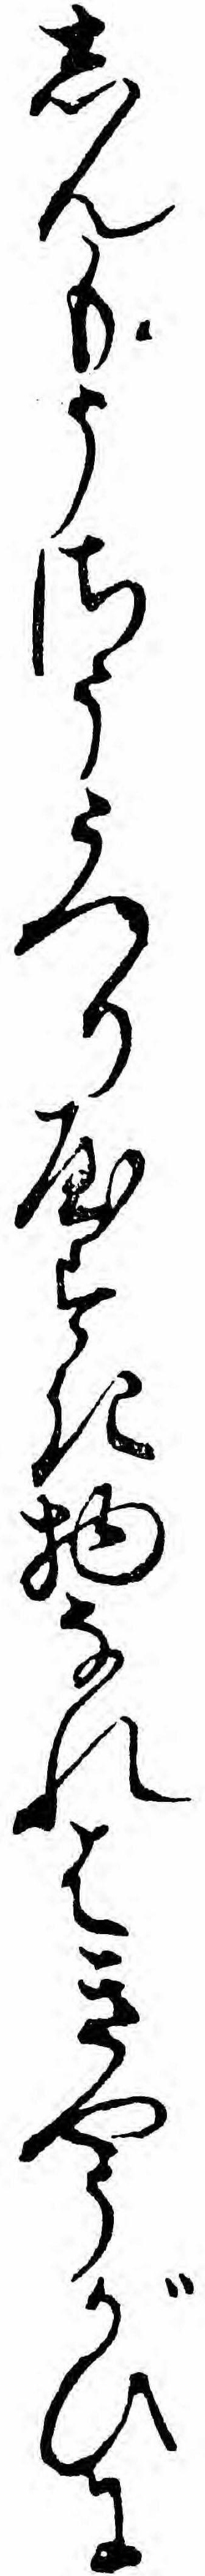
しんもうさううつりやすき物なれはきやうがひに